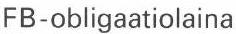
FB-obligaatiolaina